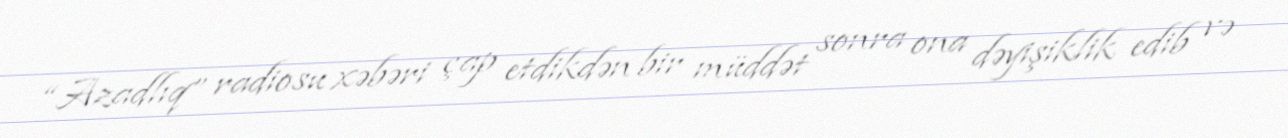
“Azadlıq” radiosu xəbəri çap etdikdən bir müddət sonra ona dəyişiklik edib və